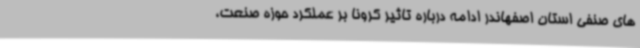
های صنفی استان اصفهاندر ادامه درباره تاثیر کرونا بر عملکرد حوزه صنعت،